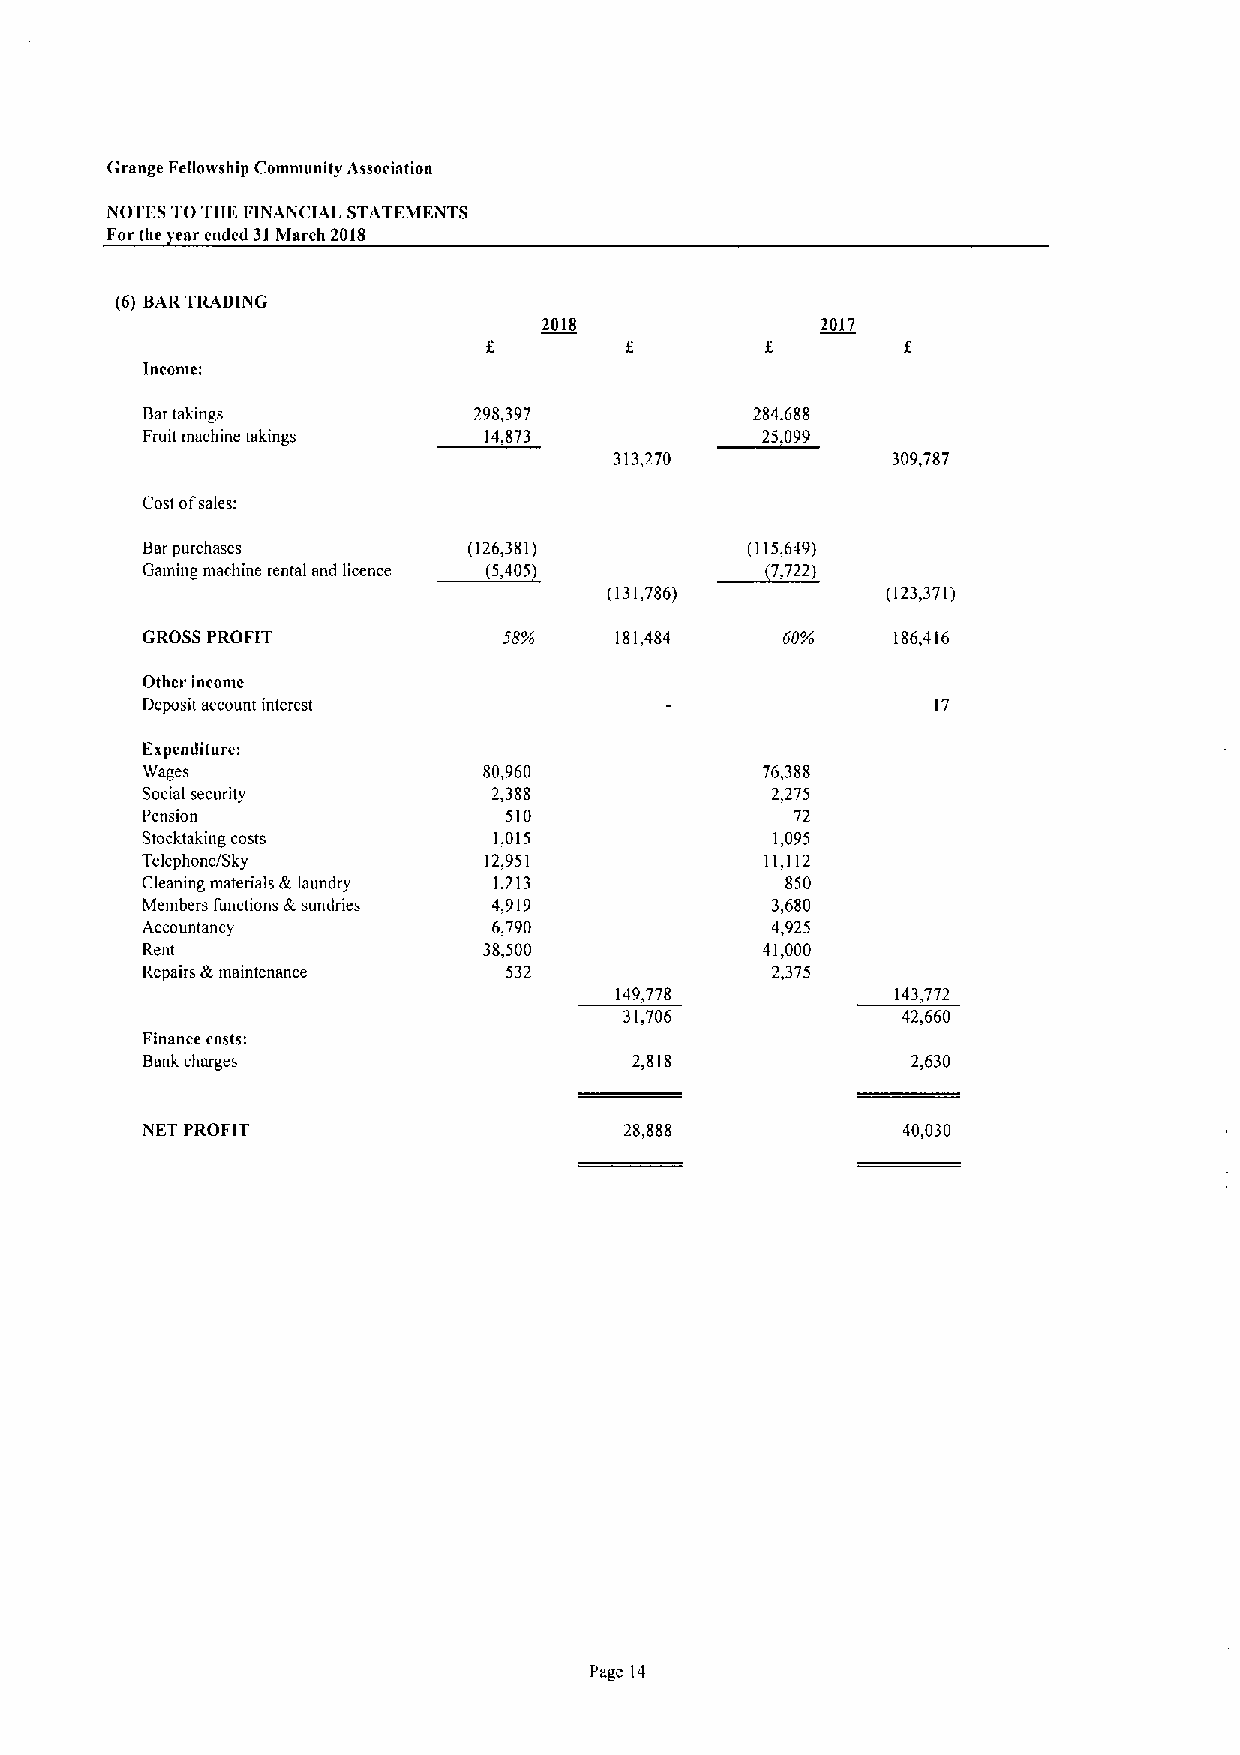
Grange Fellowship Community Association
 NOTES TOTHE FINANCIAL STATEi&IENTS
 Forthe 'ear cndcd 31March 2018
 (6) BARTRADING
 2018              2017
 Income:
 Bartakings            298,397            284,688
 Fruit machine takings  14,873
 Cost ofsales:
 Barpurchases          (126,381)          (115,649)
 Gaming machine rental and licence
 (131,786)          (123,371)
 GROSS PROFIT                    181,484    60Y    186,416
 Other income
 Deposit account interest                             17
 Expenditure:
 Wages                  80,960            76,388
 Social security         2,388             2,275
 Pension                 510                 72
 Stocktaking costs       1,015             1,095
 Telephone/Sky          12,951             11,112
 Cleaning ntaterials &laundry 1,213         850
 Mentbers functions &sundries 4,919        3,680
 Accountancy             6,790             4,925
 Rent                   38,500            41,000
 Repairs &maintenance     532              2,375
 149,778           143,772
 31,706             42,660
 Finance costs:
 Bonk charges                     2,818             2,630
 NET PROFIT                      28,888             40,030
 Page 14